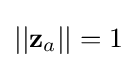
||\mathbf {z} _{a}||=1